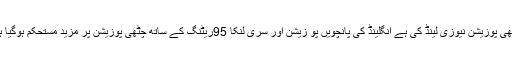
چوتھی پوزیشن نیوزی لینڈ کی ہے انگلینڈ کی پانچویں پو زیشن اور سری لنکا 95ریٹنگ کے ساتھ چٹھی پوزیشن پر مزید مستحکم ہوگیا ہے ۔